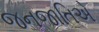
જનજાતિએ